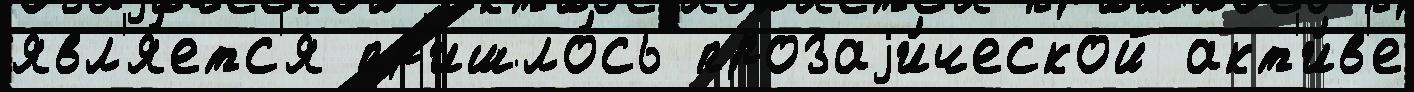
явл'я́етс'я пр'ишло́сь прозаjи́ческой акт'и́в'е